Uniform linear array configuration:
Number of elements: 12
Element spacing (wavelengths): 0.5
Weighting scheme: uniform
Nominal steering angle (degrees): -45
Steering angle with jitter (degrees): -43.306
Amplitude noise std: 0.05
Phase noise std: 0.05

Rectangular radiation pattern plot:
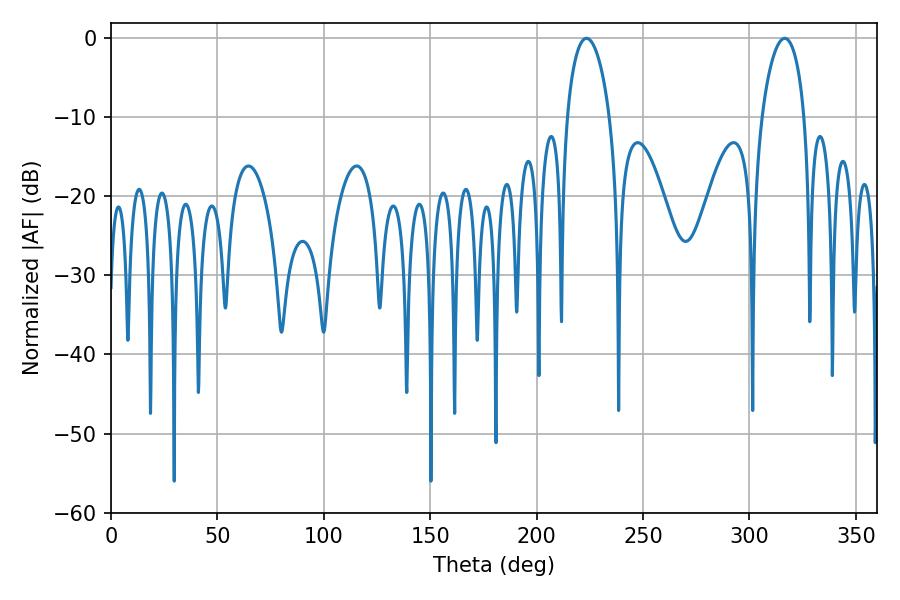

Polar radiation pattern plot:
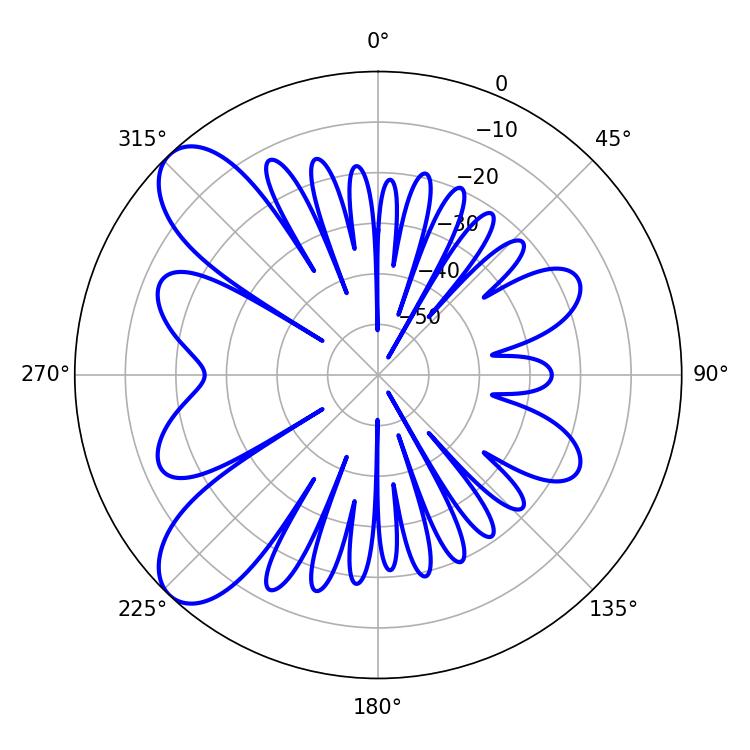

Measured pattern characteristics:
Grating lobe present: FALSE
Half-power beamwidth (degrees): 11.52
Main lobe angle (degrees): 223.38